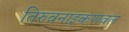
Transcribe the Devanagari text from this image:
तिरुवनाइकणवल